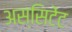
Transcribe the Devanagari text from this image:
अस्सिटेंट